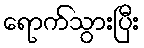
ရောက်သွားပြီး